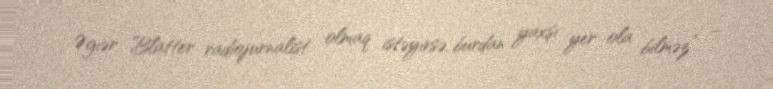
Əgıər Blatter radiojurnalist olmaq istəyirsə, burdan yaxşı yer ola bilməz” –